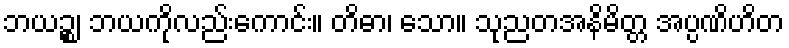
ဘယဉ္စ၊ ဘယကိုလည်းကောင်း။ တိဓာ၊ သော။ သုညတအနိမိတ္တ အပ္ပဏိဟိတ